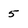
Character: 5